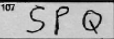
Transcription: SPQ